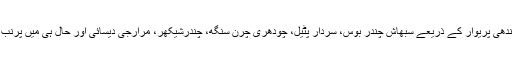
مودی کی تقریر کی ایک سب سے اہم بات یہ تھی کہ وہ اپنے مخصوص انداز میں گاندھی پریوار اور گاندھی پریوار کے ذریعے سبھاش چندر بوس، سردار پٹیل، چودھری چرن سنگھ، چندرشیکھر، مرارجی دیسائی اور حال ہی میں پرنب مکھرجی جیسے رہنماؤں کو ‘دھوکہ دینے’کی تاریخ کا ذکر کرتے ہوئے حملہ کرنے سے نہیں چوکے۔